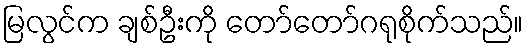
မြလွင်က ချစ်ဦးကို တော်တော်ဂရုစိုက်သည်။